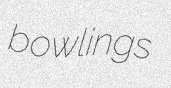
bowlings